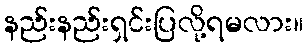
နည်းနည်းရှင်းပြလို့ရမလား။